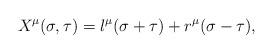
LaTeX: \begin{align*}X^{\mu}(\sigma,\tau)=l^{\mu}(\sigma+\tau)+r^{\mu}(\sigma-\tau),\end{align*}